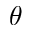
\theta